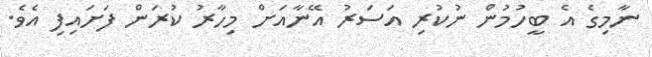
ނާމިގެ އެ ބީހުމުން ނުކުރި އަސަރު އޭނާއަށް މިހާރު ކުރަން ފަށައިފި އެވެ.